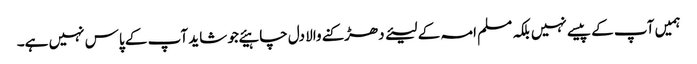
ہمیں آپ کے پیسے نہیں بلکہ مسلم امہ کے لیئے دھڑکنے والا دل چاہیئے جو شاید آپ کے پاس نہیں ہے۔